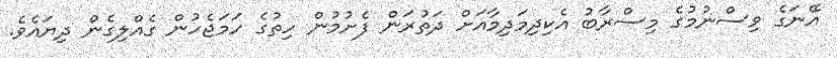
އޭނަގެ ވިސްނުމުގެ މިސްރާބު އެކިދިމަދިމާއަށް ދަތުރަން ފެށުމުން ހިތުގެ ހަމަޖެހުން ގެއްލިގެން ދިޔައެވެ.